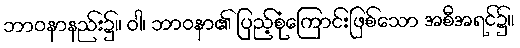
ဘာဝနာနည်း၌။ ဝါ၊ ဘာဝနာ၏ ပြည့်စုံကြောင်းဖြစ်သော အစီအရင်၌။